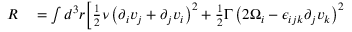
\begin{array} { r l } { R } & { { } = \int d ^ { 3 } r \Big [ \frac { 1 } { 2 } \nu \left( \partial _ { i } v _ { j } + \partial _ { j } v _ { i } \right) ^ { 2 } + \frac { 1 } { 2 } \Gamma \left( 2 \Omega _ { i } - \epsilon _ { i j k } \partial _ { j } v _ { k } \right) ^ { 2 } } \end{array}